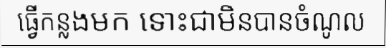
ធ្វើកន្លងមក ទោះជាមិនបានចំណូល